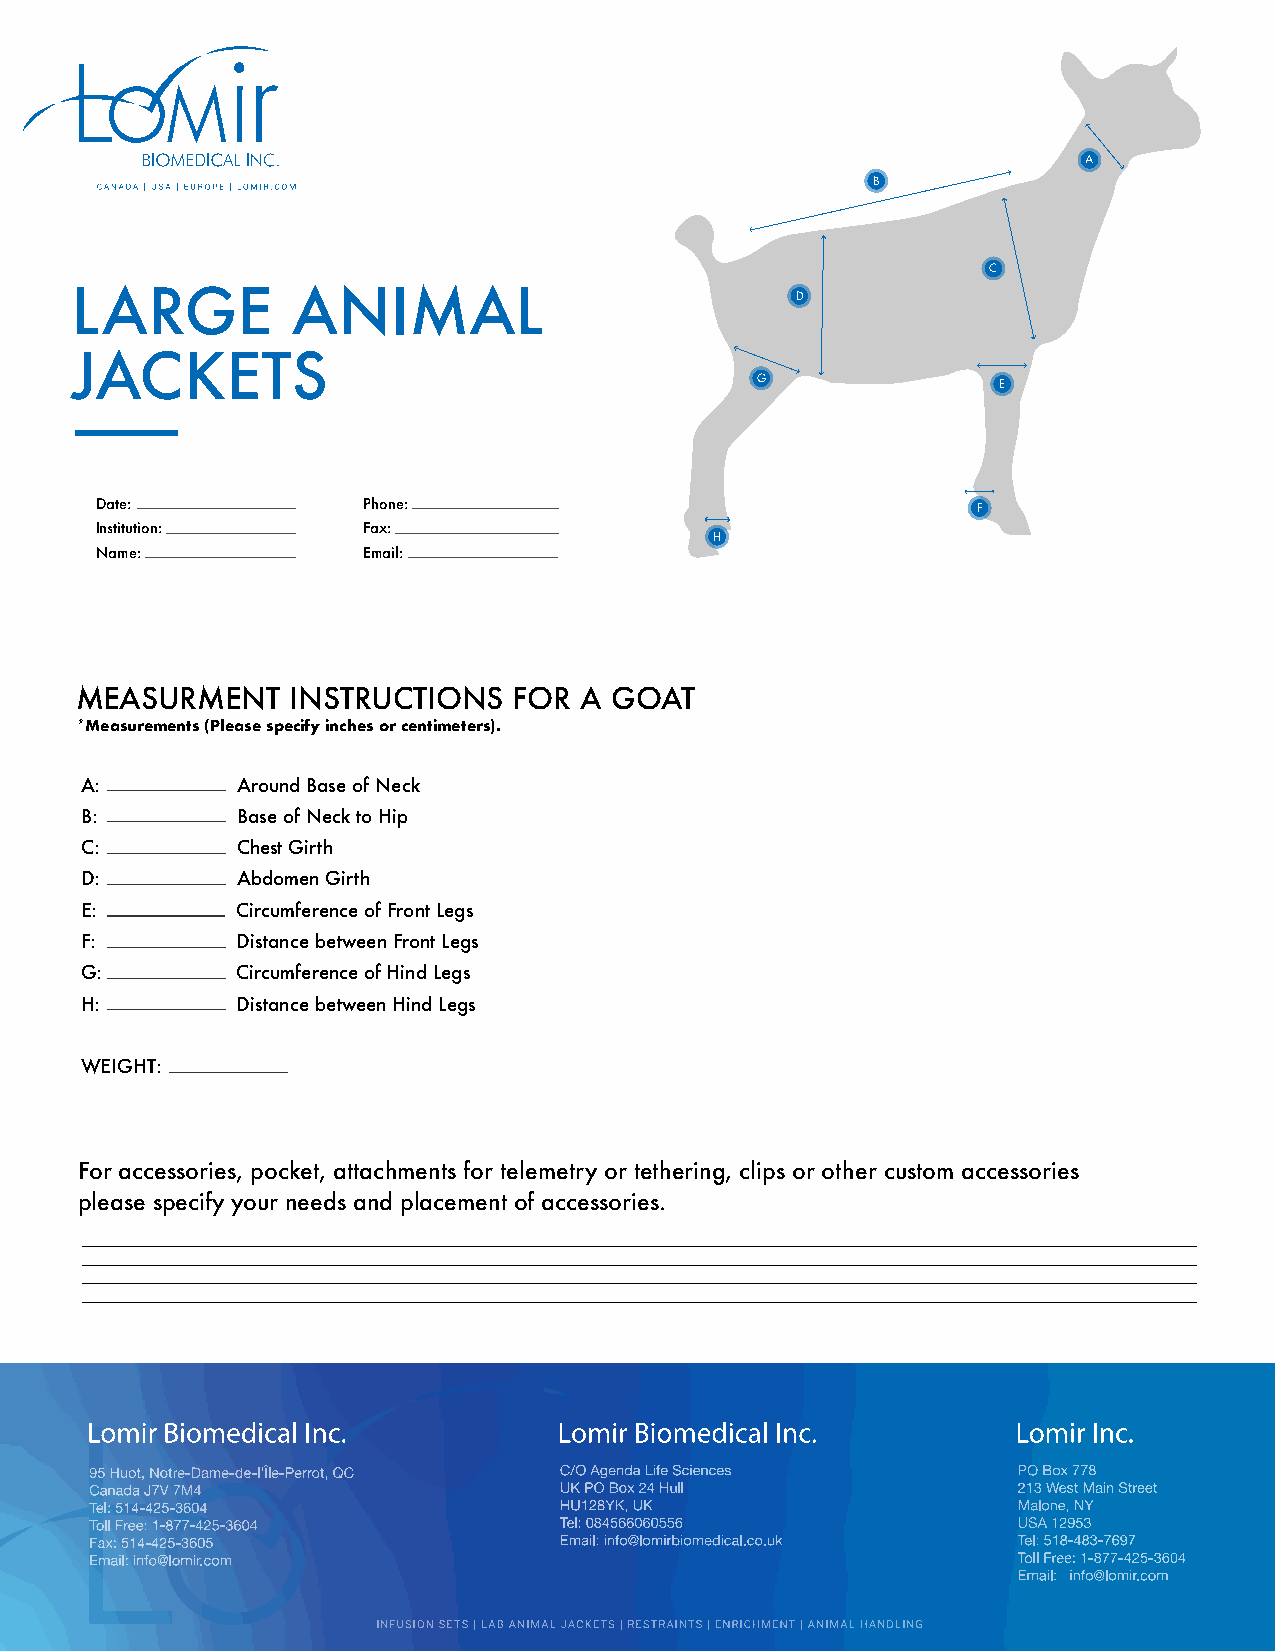
B
 C
 LARGE         ANIMAL                            D
 JACKETS
 G               E
 Date:             Phone:
 F
 Institution:      Fax:
 H
 Name:             Email:
 MEASURMENT    INSTRUCTIONS   FOR A GOAT
 *Measurements (Please specify inches or centimeters).
 A:         Around Base of Neck
 B:         Base of Neck to Hip
 C:         Chest Girth
 D:         Abdomen Girth
 E:         Circumference of Front Legs
 F:         Distance between Front Legs
 G:         Circumference of Hind Legs
 H:         Distance between Hind Legs
 WEIGHT:
 For accessories, pocket, attachments for telemetry or tethering, clips or other custom accessories
 please specify your needs and placement of accessories.